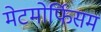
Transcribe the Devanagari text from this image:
मेटमोर्फिसम